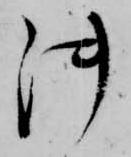
御